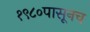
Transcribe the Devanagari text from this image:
१९८०पासूनच